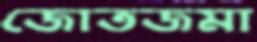
জোতজমা